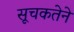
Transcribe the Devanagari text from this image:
सूचकतेने